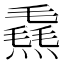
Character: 𪹮